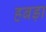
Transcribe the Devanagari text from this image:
हबड़ा